Report of the Indian Hemp Drugs Commission, 1894-1895 - Volume IV
Year: 1894
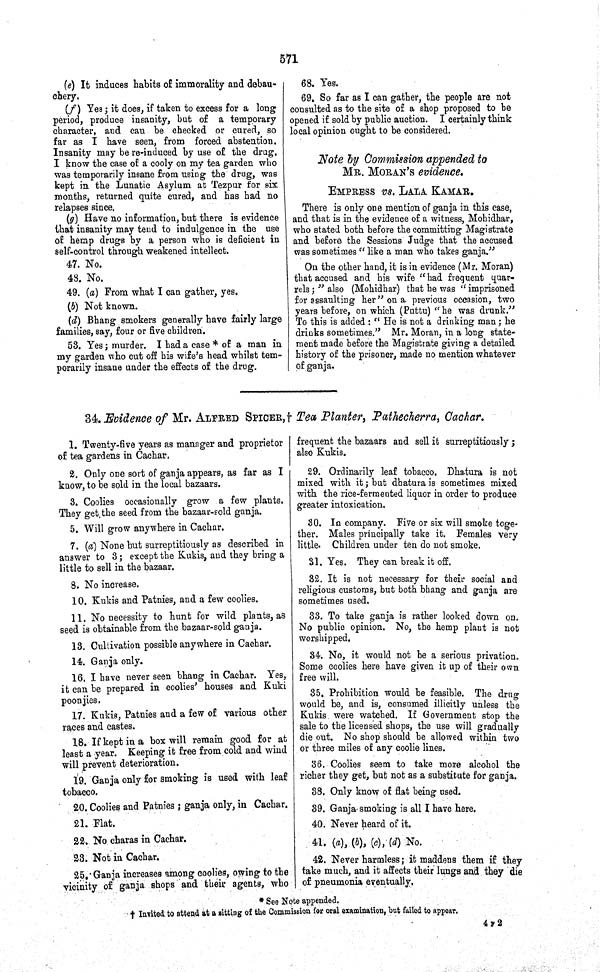
571
(e) It induces habits of immorality and debau-
chery.
(f) Yes; it does, if taken to excess for a long
period, produce insanity, but of a temporary
character, and can be checked or cured, so
far as I have seen, from forced abstention.
Insanity may be re-induced by use of the drug.
I know the case of a cooly on my tea garden who
was temporarily insane from using the drug, was
kept in the Lunatic Asylum at Tezpur for six
months, returned quite cured, and has had no
relapses since.
(g) Have no information, but there is evidence
that insanity may tend to indulgence in the use
of hemp drugs by a person who is deficient in
self-control through weakened intellect.
47. No.
48. No.
49. (a) From what I can gather, yes.
(b) Not known.
(d) Bhang smokers generally have fairly large
families, say, four or five children.
53. Yes; murder. I had a case * of a man in
my garden who cut off his wife's head whilst tem-
porarily insane under the effects of the drug.
68. Yes.
69. So far as I can gather, the people are not
consulted as to the site of a shop proposed to be
opened if sold by public auction. I certainly think
local opinion ought to be considered.
Note by Commission appended to
MR. MORAN'S evidence.
EMPRESS VS. LALA KAMAR.
There is only one mention of ganja in this case,
and that is in the evidence of a witness, Mohidhar,
who stated both before the committing Magistrate
and before the Sessions Judge that the accused
was sometimes "like a man who takes ganja."
On the other hand, it is in evidence (Mr. Moran)
that accused and his wife "had frequent quar-
rels;" also (Mohidhar) that he was "imprisoned
for assaulting her" on a previous occasion, two
years before, on which (Puttu) "he was drunk."
To this is added: "He is not a drinking man; he
drinks sometimes." Mr. Moran, in a long state-
ment made before the Magistrate giving a detailed
history of the prisoner, made no mention whatever
of ganja.
34. Evidence of Mr. ALFRED SPICER,† Tea Planter, Pathecherra, Cachar.
1. Twenty-five years as manager and proprietor
of tea gardens in Cachar.
2. Only one sort of ganja appears, as far as I
know, to be sold in the local bazaars.
3. Coolies occasionally grow a few plants.
They get the seed from the bazaar-sold ganja.
5. Will grow anywhere in Cachar.
7. (a) None but surreptitiously as described in
answer to 3; except the Kukis, and they bring a
little to sell in the bazaar.
8. No increase.
10. Kukis and Patnies, and a few coolies.
11. No necessity to hunt for wild plants, as
seed is obtainable from the bazaar-sold ganja.
13. Cultivation possible anywhere in Cachar.
14. Ganja only.
16. I have never seen bhang in Cachar. Yes,
it can be prepared in coolies' houses and Kuki
poonjies.
17. Kukis, Patnies and a few of various other
races and castes.
18. If kept in a box will remain good for at
least a year. Keeping it free from cold and wind
will prevent deterioration.
19. Ganja only for smoking is used with leaf
tobacco.
20. Coolies and Patnies; ganja only, in Cachar.
21. Flat.
22. No charas in Cachar.
23. Not in Cachar.
25. Ganja increases among coolies, owing to the
vicinity of ganja shops and their agents, who
frequent the bazaars and sell it surreptitiously;
also Kukis.
29. Ordinarily leaf tobacco. Dhatura is not
mixed with it; but dhatura is sometimes mixed
with the rice-fermented liquor in order to produce
greater intoxication.
30. In company. Five or six will smoke toge-
ther. Males principally take it. Females very
little. Children under ten do not smoke.
31. Yes. They can break it off.
32. It is not necessary for their social and
religious customs, but both bhang and ganja are
sometimes used.
33. To take ganja is rather looked down on.
No public opinion. No, the hemp plant is not
worshipped.
34. No, it would not be a serious privation.
Some coolies here have given it up of their own
free will.
35. Prohibition would be feasible. The drug
would be, and is, consumed illicitly unless the
Kukis were watched. If Government stop the
sale to the licensed shops, the use will gradually
die out. No shop should be allowed within two
or three miles of any coolie lines.
36. Coolies seem to take more alcohol the
richer they get, but not as a substitute for ganja.
38. Only know of flat being used.
39. Ganja smoking is all I have here.
40. Never heard of it.
41. (a), (b), (c), (d) No.
42. Never harmless; it maddens them if they
take much, and it affects their lungs and they die
of pneumonia eventually.
* See Note appended.
† Invited to attend at a sitting of the Commission for oral examination, but failed to appear.
4 F 2